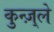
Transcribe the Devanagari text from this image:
कुन्ज़्ले